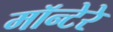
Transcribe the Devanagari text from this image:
मॉन्टेरे